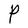
Character: P